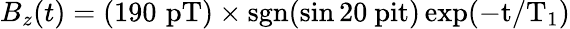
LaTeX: B_{z}(t)=(190\, \, \mathrm{pT)\times\mathrm{sgn}(\sin 20\ pit)\exp(-t/T_{1})}